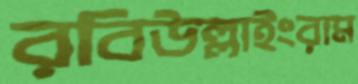
রবিউল্লাইংরাম